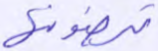
ترضونها